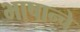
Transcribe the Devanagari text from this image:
भाषान्चे